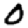
Digit: 0